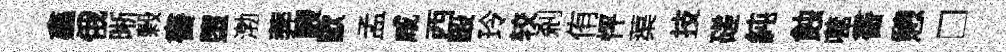
鑫俄晰榖書墮渤莾駸歐孟咸西毆玲较剎侑怦蕖技磋純蝕噬書憩□